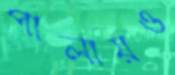
পালায়ও